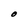
Character: O